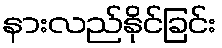
နားလည်နိုင်ခြင်း